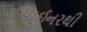
માઈનરથી